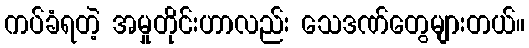
ကပ်ခံရတဲ့ အမှုတိုင်းဟာလည်း သေဒဏ်တွေများတယ်။